Report of the King Institute of Preventive Medicine, Guindy
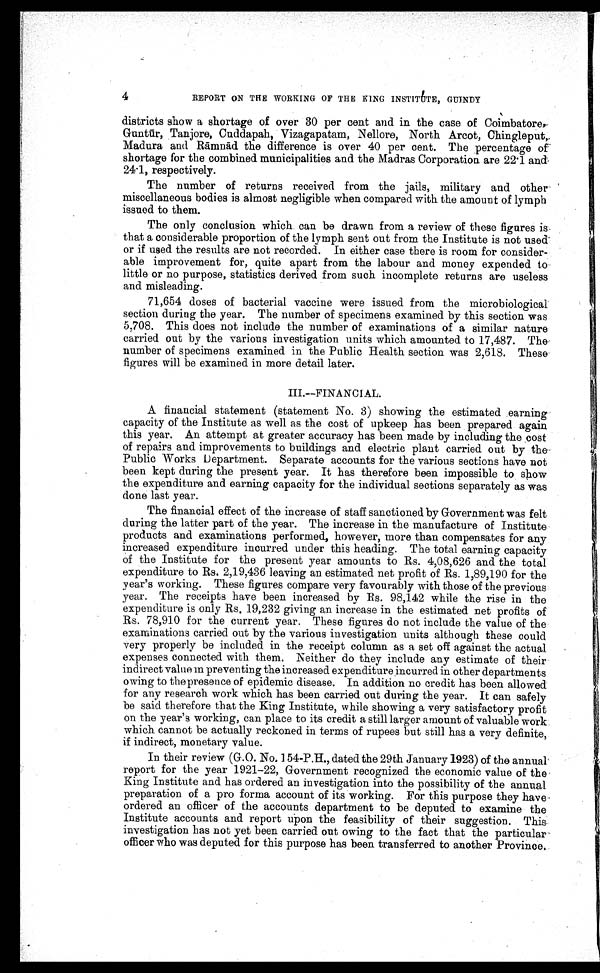
4
REPORT ON THE WORKING OF THE KING INSTITUTE, GUINDY
districts show a shortage of over 30 per cent and in the case of Coimbatore,
Guntūr, Tanjore, Cuddapah, Vizagapatam, Nellore, North Arcot, Chingleput,
0Madura and Rā mnā d the difference is over 40 per cent. The percentage of
shortage for the combined municipalities and the Madras Corporation are 22.1 and
24.1, respectively.
The number of returns received from the jails, military and other
miscellaneous bodies is almost negligible when compared with the amount of lymph
issued to them.
The only conclusion which can be drawn from a review of these figures is
that a considerable proportion of the lymph sent out from the Institute is not used
or if used the results are not recorded. In either case there is room for consider
¬ a b l e i m p r o v e m e n t f o r , q u i t e a p a r t f r o m t h e l a b o u r a n d m o n e y e x p e n d e dt
o
little or no purpose, statistics derived from such incomplete returns are useless
and misleading.
71,654 doses of bacterial vaccine were issued from the microbiological
section during the year. The number of specimens examined by this section was
5,708. This does not include the number of examinations of a similar nature
carried out by the various investigation units which amounted to 17,487. The
number of specimens examined in the Public Health section was 2,618. These
figures will be examined in more detail later.
III.—FINANCIAL.
A financial statement (statement No. 3) showing the estimated earning
capacity of the Institute as well as the cost of upkeep has been prepared again
this year. An attempt at greater accuracy has been made by including the cost
of repairs and improvements to buildings and electric plant carried out by the
Public Works Department. Separate accounts for the various sections have not
been kept during the present year. It has therefore been impossible to show
the expenditure and earning capacity for the individual sections separately as was
done last year.
The financial effect of the increase of staff sanctioned by Government was felt
during the latter part of the year. The increase in the manufacture of Institute
products and examinations performed, however, more than compensates for any
increased expenditure incurred under this heading. The total earning capacity
of the Institute for the present year amounts to Rs. 4,08,626 and the total
expenditure to Rs. 2,19,436 leaving an estimated net profit of Rs. 1,89,190 for the
year's working. These figures compare very favourably with those of the previous
year. The receipts have been increased by Rs. 98,142 while the rise in the
expenditure is only Rs. 19,232 giving an increase in the estimated net profits of
Rs. 78,910 for the current year. These figures do not include the value of the
examinations carried out by the various investigation units although these could
very properly be included in the receipt column as a set off against the actual
expenses connected with them. Neither do they include any estimate of their
indirect value in preventing the increased expenditure incurred in other departments
owing to the presence of epidemic disease. In addition no credit has been allowed
for any research work which has been carried out during the year. It can safely
be said therefore that the King Institute, while showing a very satisfactory profit
on the year's working, can place to its credit a still larger amount of valuable work
which cannot be actually reckoned in terms of rupees but still has a very definite,
if indirect, monetary value.
In their review (G.O. No. 154-P.H., dated the 29th January 1923) of the annual
report for the year 1921–22, Government recognized the economic value of the
King Institute and has ordered an investigation into the possibility of the annual
preparation of a pro forma account of its working. For this purpose they have
ordered an officer of the accounts department to be deputed to examine the
Institute accounts and report upon the feasibility of their suggestion. This
investigation has not yet been carried out owing to the fact that the particular
officer who was deputed for this purpose has been transferred to another Province.